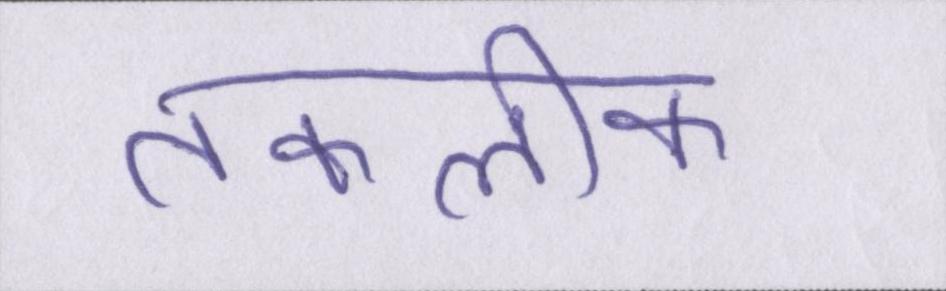
तकलीफ